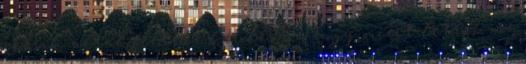
Sokak által feltett kérdés az, hogy miért lettek az